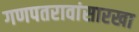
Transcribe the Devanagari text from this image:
गणपतरावांसारखा